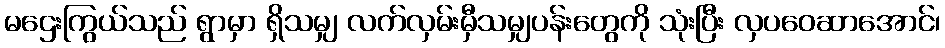
မဌေးကြွယ်သည် ရွာမှာ ရှိသမျှ လက်လှမ်းမှီသမျှပန်းတွေကို သုံးပြီး လှပဝေဆာအောင်၊